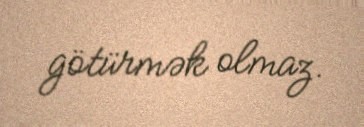
götürmək olmaz.